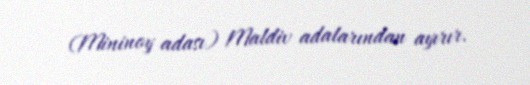
(Mininoy adası) Maldiv adalarından ayırır.